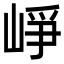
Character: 崢